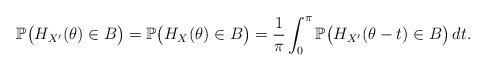
LaTeX: \begin{align*}\mathbb{P}\bigl( H_{X'}(\theta)\in B\bigr)=\mathbb{P}\bigl(H_{X}(\theta)\in B\bigr)=\frac{1}{\pi}\int_0^{\pi}\mathbb{P}\bigl(H_{X'}(\theta-t)\in B\bigr)\,dt.\end{align*}